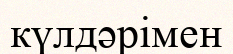
күлдәрімен